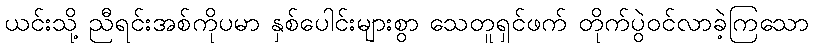
ယင်းသို့ ညီရင်းအစ်ကိုပမာ နှစ်ပေါင်းများစွာ သေတူရှင်ဖက် တိုက်ပွဲဝင်လာခဲ့ကြသော